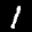
Label: 1